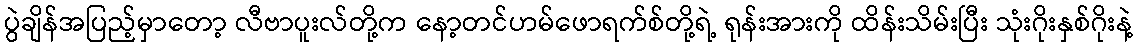
ပွဲချိန်အပြည့်မှာတော့ လီဗာပူးလ်တို့က နော့တင်ဟမ်ဖောရက်စ်တို့ရဲ့ ရုန်းအားကို ထိန်းသိမ်းပြီး သုံးဂိုးနှစ်ဂိုးနဲ့